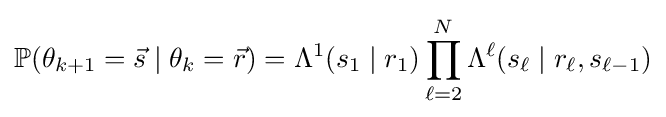
\mathbb {P} (\theta _{k+1}={\vec {s}}\mid \theta _{k}={\vec {r}})=\Lambda ^{1}(s_{1}\mid r_{1})\prod _{\ell =2}^{N}\Lambda ^{\ell }(s_{\ell }\mid r_{\ell },s_{\ell -1})